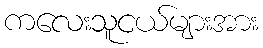
ကလေးသူငယ်များအား